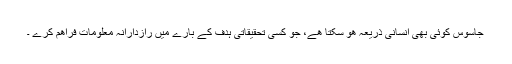
جاسوس کوئی بھی انسانی ذريعہ ھو سکتا ھے، جو کسی تحقيقاتی ہدف کے بارے ميں رازدارانہ معلومات فراھم کرے ۔